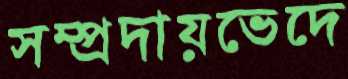
সম্প্রদায়ভেদে